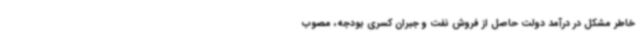
خاطر مشکل در درآمد دولت حاصل از فروش نفت و جبران کسری بودجه، مصوب